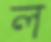
ল